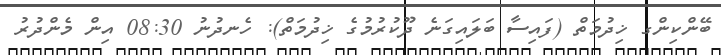
ބޭންކިންގ ޚިދުމަތް (ފައިސާ ބަލައިގަނެ ދޫކުރުމުގެ ޚިދުމަތް): ހެނދުނު 08:30 އިން މެންދުރު